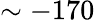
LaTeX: \sim-170